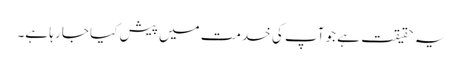
یہ حقیقت ہے جو آپ کی خدمت میں پیش کیا جا رہا ہے۔